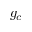
g _ { c }